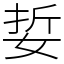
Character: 娎